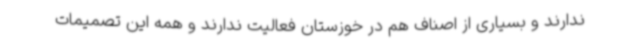
ندارند و بسیاری از اصناف هم در خوزستان فعالیت ندارند و همه این تصمیمات